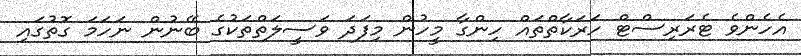
އެހެންވެ ޓެރަރިސްޓް ހަރަކާތްތައް ހިންގާ މީހުން މިފަދަ ވަސީލަތްތަކުގެ ބޭނުން ނަހަމަ ގޮތުގައި